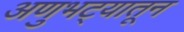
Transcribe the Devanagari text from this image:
अणुभट्यातून